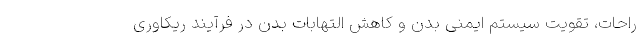
راحات، تقویت سیستم ایمنی بدن و کاهش التهابات بدن در فرآیند ریکاوری